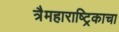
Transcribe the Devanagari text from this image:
त्रैमहाराष्ट्रिकाचा